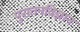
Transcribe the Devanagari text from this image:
पुरातनविज्ञान